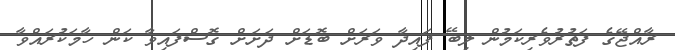
ރާއްޖޭގެ ފަތުރުވެރިކަމުން ލިބޭ ފައިދާ ވަރަށް ބޮޑަށް ދަށަށް ގޮސްފައިވާ ކަން ހާމަކުރައްވާ